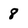
Character: 8